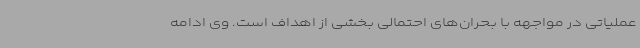
عملیاتی در مواجهه با بحران‌های احتمالی بخشی از اهداف است. وی ادامه